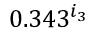
0 . 3 4 3 ^ { i _ { 3 } }